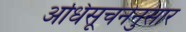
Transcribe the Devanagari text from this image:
अधिसूचनेनुसार